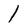
Character: 1